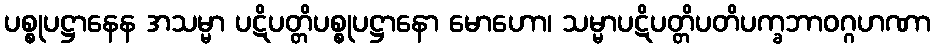
ပစ္စုပဋ္ဌာနေန အသမ္မာ ပဋိပတ္တိပစ္စုပဋ္ဌာနော မောဟော၊ သမ္မာပဋိပတ္တိပတိပက္ခဘာဝဂ္ဂဟဏာ